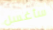
سأغسل